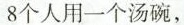
8个人用一个汤碗，